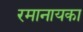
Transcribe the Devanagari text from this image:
रमानायका